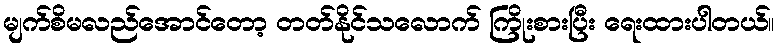
မျက်စိမလည်အောင်တော့ တတ်နိုင်သလောက် ကြိုးစားပြီး ရေးထားပါတယ်။